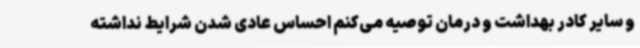
و سایر کادر بهداشت و درمان توصیه می‌کنم احساس عادی شدن شرایط نداشته